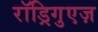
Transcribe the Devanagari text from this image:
रॉड्रिगुएज़